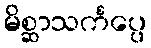
မိစ္ဆာသင်္ကပ္ပေ